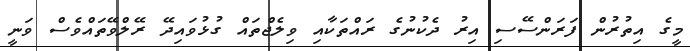
މީގެ އިތުރުން ފަރަންސޭސި އިރު ދެކުނުގެ ރައްތަކާއި ވިލެޖްތައް ގުޅުވައިދޭ ރޭލްވޭތައްވެސް ވަނީ